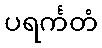
ပရင်္ကတံ